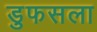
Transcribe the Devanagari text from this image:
डुफसला